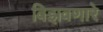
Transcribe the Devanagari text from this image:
विझवणारे